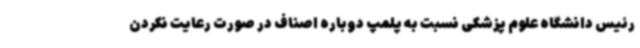
رئیس دانشگاه علوم پزشکی نسبت به پلمپ دوباره اصناف در صورت رعایت نکردن